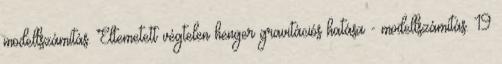
modellszámítás. Eltemetett végtelen henger gravitációs hatása - modellszámítás. 19